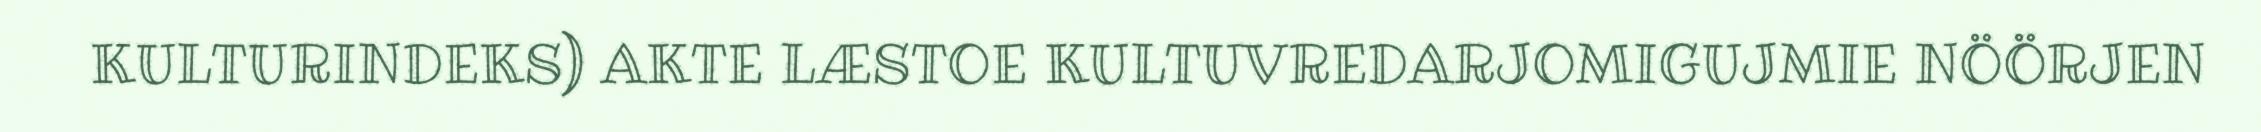
KULTURINDEKS) AKTE LÆSTOE KULTUVREDARJOMIGUJMIE NÖÖRJEN